Subject: math
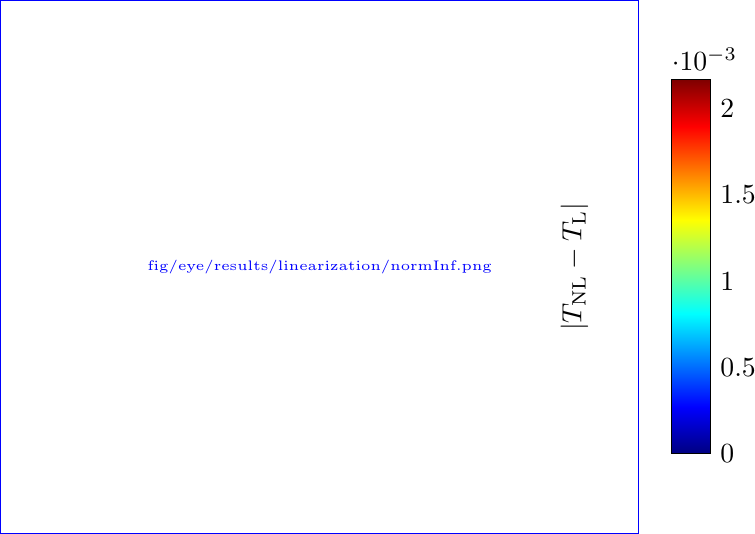
LaTeX code:
    \begin{tikzpicture}
        \begin{axis}[
            colorbar,
            colormap/jet, % Choose the colormap you prefer
            enlargelimits=false,
            point meta max=0.002166748046875,
            point meta min=0,
            axis line style = {draw=none},
            tick style = {draw=none},
            xtick = \empty, ytick = \empty,
            colorbar style={
                ylabel = {$|T_\text{NL} - T_\text{L}|$},
                height=0.7*\pgfkeysvalueof{/pgfplots/parent axis height},
                at={(1.05,0.5)}, % Adjust the position to center vertically
                anchor=west, % Adjust the anchor point
            },
            width=0.8\textwidth
        ]
            \addplot graphics [includegraphics cmd=\pgfimage, xmin=0, xmax=1, ymin=0, ymax=1] {fig/eye/results/linearization/normInf.png};
        \end{axis}
    \end{tikzpicture}